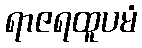
ရာဇရထူပမံ